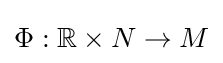
\Phi :\mathbb {R} \times N\rightarrow M